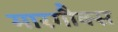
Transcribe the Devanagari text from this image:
मारगौक्स